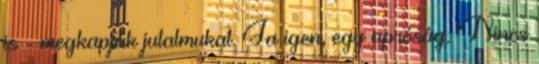
is - megkapják jutalmukat. Ja igen, egy apróság. Nincs